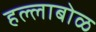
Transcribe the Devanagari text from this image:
हल्लाबोळ